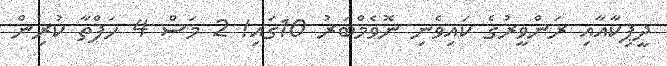
ދީޕިކާއާއި ރަންވީރުގެ ކައިވެނި ނޮވެމްބަރު 10ގައި! 2 މަސް 4 ހަފްތާ ކުރިން